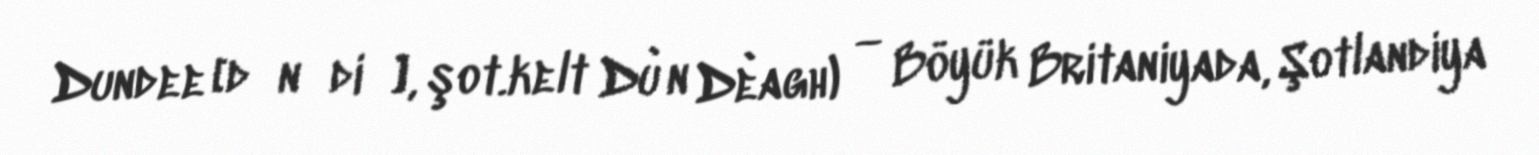
Dundee [dʌnˈdiː], şot.kelt Dùn Dèagh) — Böyük Britaniyada, Şotlandiya